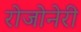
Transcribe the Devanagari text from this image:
रोजोनेरी